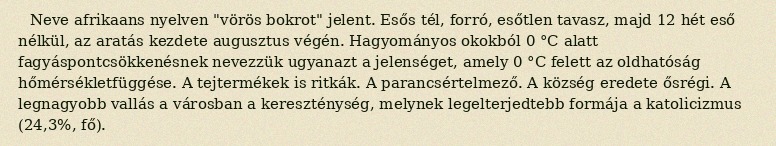
Neve afrikaans nyelven "vörös bokrot" jelent. Esős tél, forró, esőtlen tavasz, majd 12 hét eső nélkül, az aratás kezdete augusztus végén. Hagyományos okokból 0 °C alatt fagyáspontcsökkenésnek nevezzük ugyanazt a jelenséget, amely 0 °C felett az oldhatóság hőmérsékletfüggése. A tejtermékek is ritkák. A parancsértelmező. A község eredete ősrégi. A legnagyobb vallás a városban a kereszténység, melynek legelterjedtebb formája a katolicizmus (24,3%, fő).